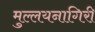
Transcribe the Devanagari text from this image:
मुल्लयनागिरी